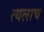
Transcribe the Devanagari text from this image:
त्यलाच